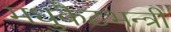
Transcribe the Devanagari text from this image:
मधुकैटभन्त्री